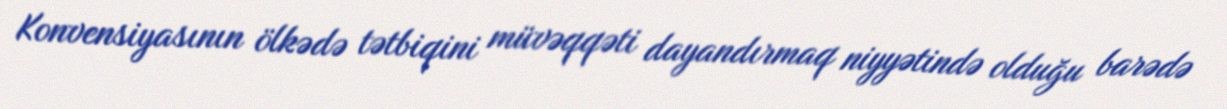
Konvensiyasının ölkədə tətbiqini müvəqqəti dayandırmaq niyyətində olduğu barədə